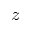
z